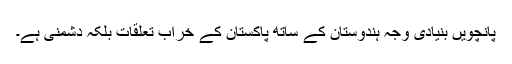
پانچویں بنیادی وجہ ہندوستان کے ساتھ پاکستان کے خراب تعلقات بلکہ دشمنی ہے۔